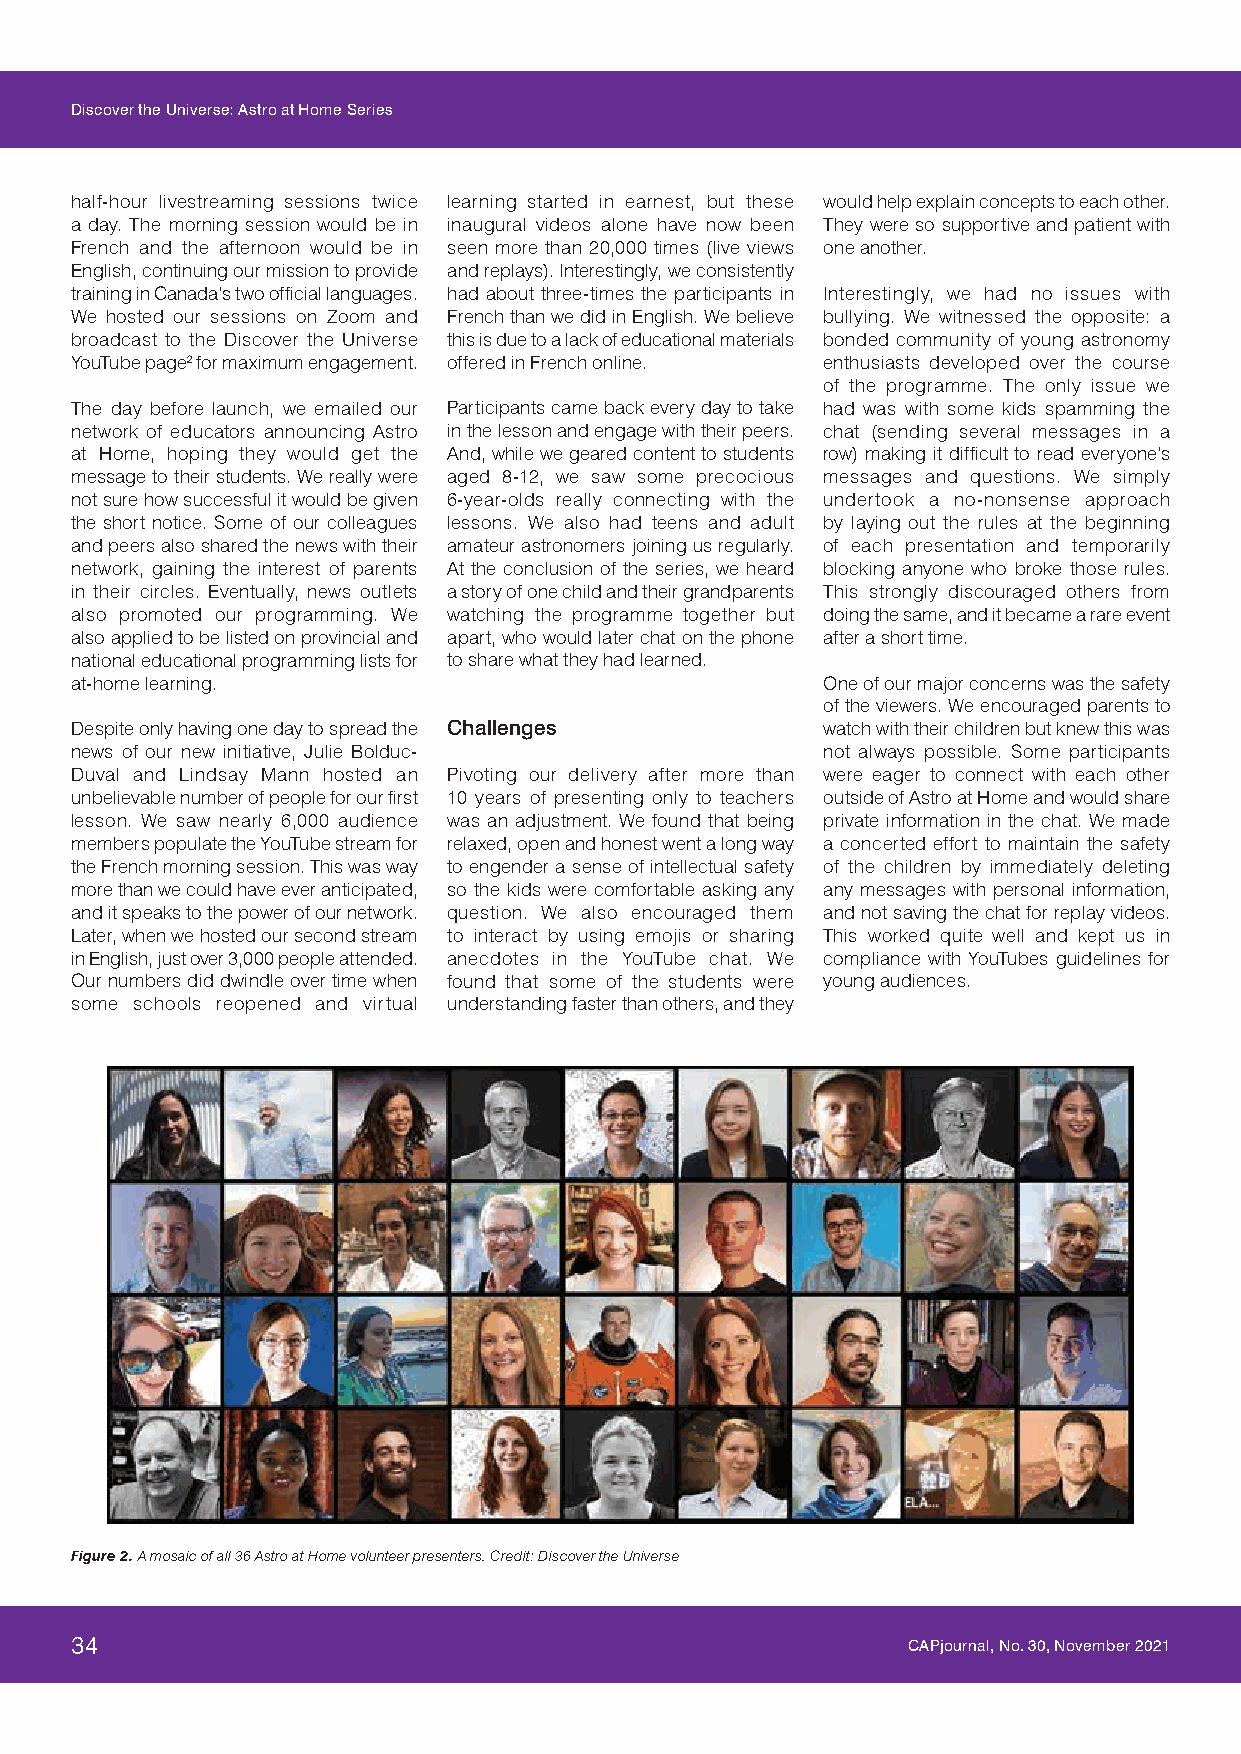
Discover the Universe: Astro at Home Series
 half-hour livestreaming sessions twice learning started in earnest, but these would help explain concepts to each other.
 a day. The morning session would be in inaugural videos alone have now been They were so supportive and patient with
 French and the afternoon would be in seen more than 20,000 times (live views one another.
 English, continuing our mission to provide and replays). Interestingly, we consistently
 training in Canada’s two official languages. had about three-times the participants in Interestingly, we had no issues with
 We hosted our sessions on Zoom and French than we did in English. We believe bullying. We witnessed the opposite: a
 broadcast to the Discover the Universe this is due to a lack of educational materials bonded community of young astronomy
 YouTube page2 for maximum engagement. offered in French online. enthusiasts developed over the course
 of the programme. The only issue we
 The day before launch, we emailed our Participants came back every day to take had was with some kids spamming the
 network of educators announcing Astro in the lesson and engage with their peers. chat (sending several messages in a
 at Home, hoping they would get the And, while we geared content to students row) making it difficult to read everyone’s
 message to their students. We really were aged 8-12, we saw some precocious messages and questions. We simply
 not sure how successful it would be given 6-year-olds really connecting with the undertook a no-nonsense approach
 the short notice. Some of our colleagues lessons. We also had teens and adult by laying out the rules at the beginning
 and peers also shared the news with their amateur astronomers joining us regularly. of each presentation and temporarily
 network, gaining the interest of parents At the conclusion of the series, we heard blocking anyone who broke those rules.
 in their circles. Eventually, news outlets a story of one child and their grandparents This strongly discouraged others from
 also promoted our programming. We watching the programme together but doing the same, and it became a rare event
 also applied to be listed on provincial and apart, who would later chat on the phone after a short time.
 national educational programming lists for to share what they had learned.
 at-home learning.                                One of our major concerns was the safety
 of the viewers. We encouraged parents to
 Despite only having one day to spread the Challenges watch with their children but knew this was
 news of our new initiative, Julie Bolduc-        not always possible. Some participants
 Duval and Lindsay Mann hosted an Pivoting our delivery after more than were eager to connect with each other
 unbelievable number of people for our first 10 years of presenting only to teachers outside of Astro at Home and would share
 lesson. We saw nearly 6,000 audience was an adjustment. We found that being private information in the chat. We made
 members populate the YouTube stream for relaxed, open and honest went a long way a concerted effort to maintain the safety
 the French morning session. This was way to engender a sense of intellectual safety of the children by immediately deleting
 more than we could have ever anticipated, so the kids were comfortable asking any any messages with personal information,
 and it speaks to the power of our network. question. We also encouraged them and not saving the chat for replay videos.
 Later, when we hosted our second stream to interact by using emojis or sharing This worked quite well and kept us in
 in English, just over 3,000 people attended. anecdotes in the YouTube chat. We compliance with YouTubes guidelines for
 Our numbers did dwindle over time when found that some of the students were young audiences.
 some schools reopened and virtual understanding faster than others, and they
 Figure 2. A mosaic of all 36 Astro at Home volunteer presenters. Credit: Discover the Universe
 34                                                     CAPjournal, No. 30, November 2021